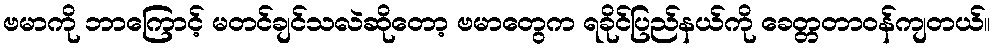
ဗမာကို ဘာကြောင့် မတင်ချင်သလဲဆိုတော့ ဗမာတွေက ရခိုင်ပြည်နယ်ကို ခေတ္တတာဝန်ကျတယ်။